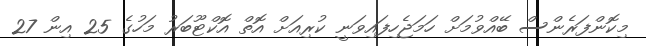
މިކޮންފަރެންސް ބޭއްވުމަށް ހަމަޖެހިފައިވަނީ ކުރިއަށް އޮތް އޮކްޓޫބަރު މަހުގެ 25 އިން 27